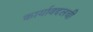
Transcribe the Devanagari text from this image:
कार्याबद्दलची